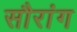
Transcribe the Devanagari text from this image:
सौरांग